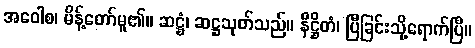
အဝေါစ၊ မိန့်တော်မူ၏။ ဆဋ္ဌံ၊ ဆဋ္ဌသုတ်သည်။ နိဋ္ဌိတံ၊ ပြီခြင်းသို့ရောက်ပြီ။